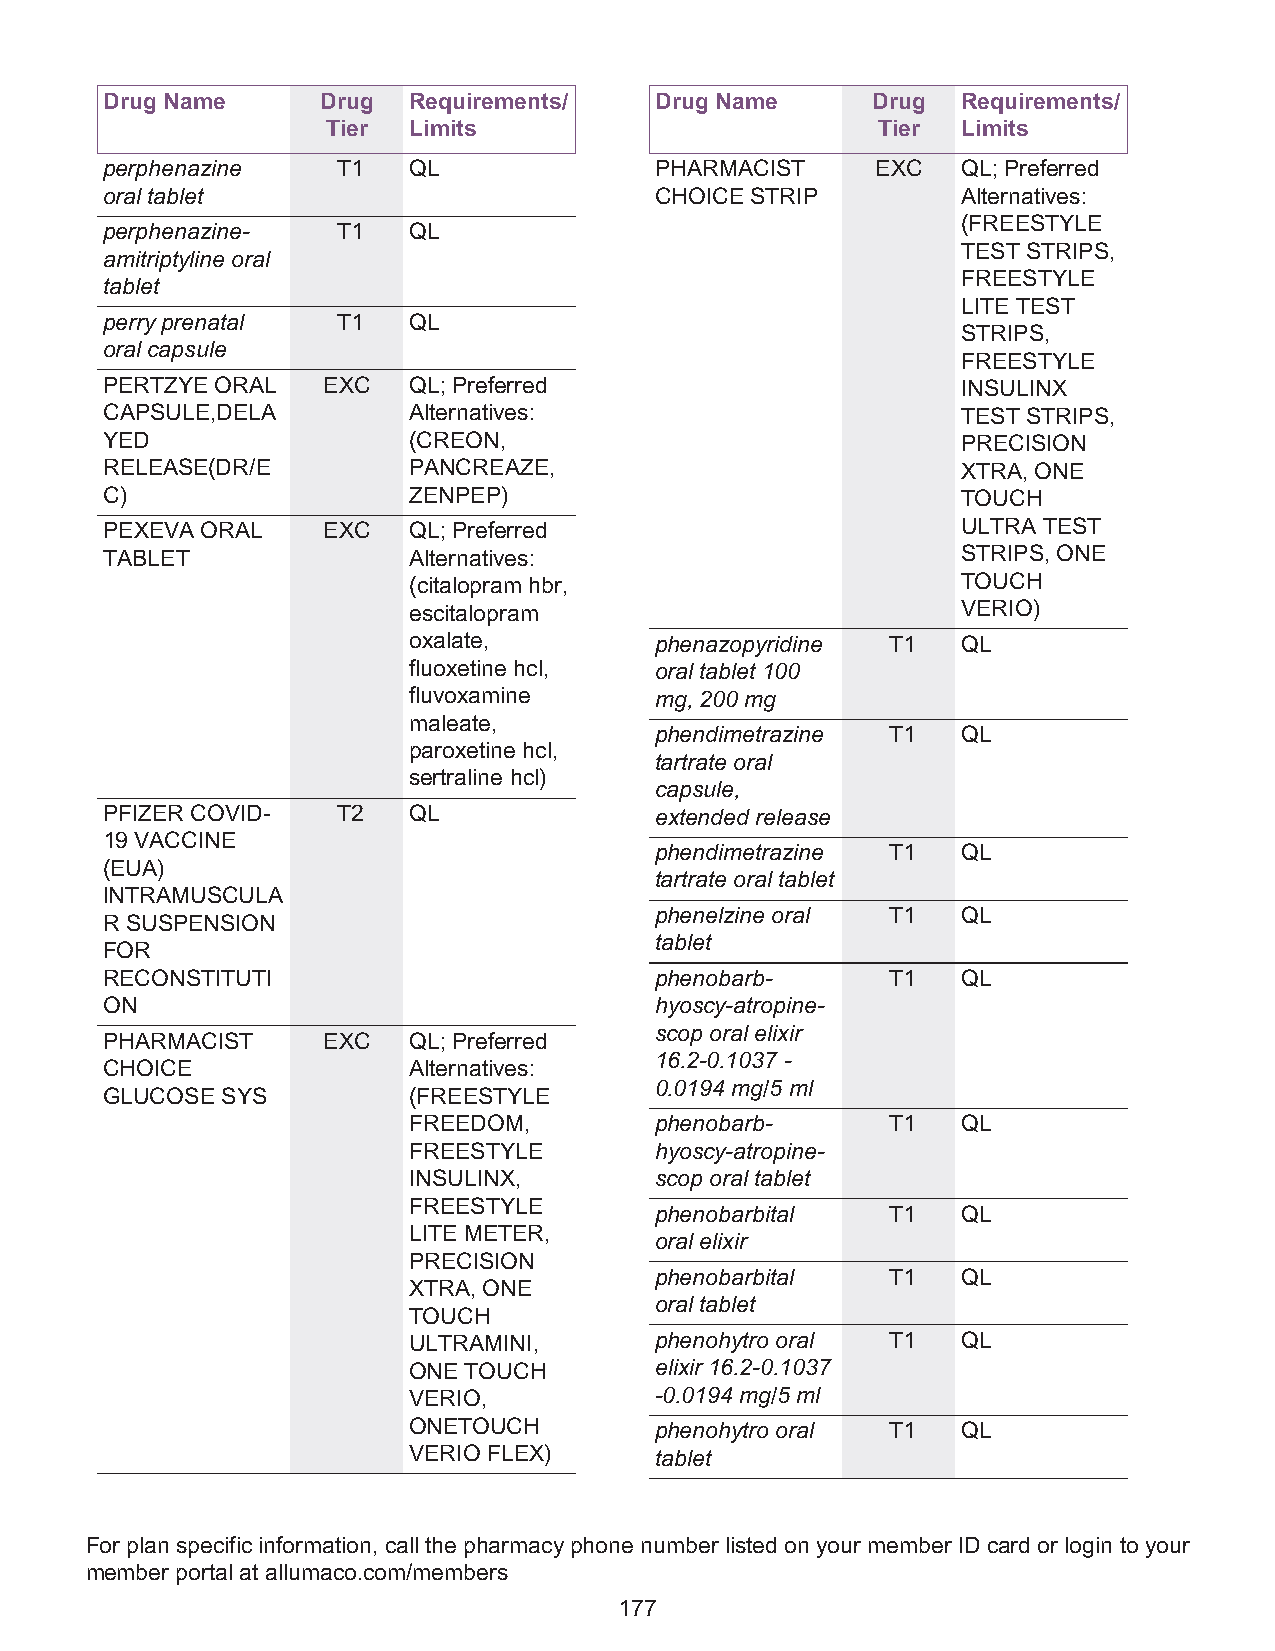
Drug Name     Drug  Requirements/   Drug Name      Drug  Requirements/
 Tier Limits                         Tier  Limits
 perphenazine   T1   QL              PHARMACIST     EXC   QL; Preferred
 oral tablet                         CHOICE STRIP         Alternatives:
 (FREESTYLE
 perphenazine-  T1   QL
 TEST STRIPS,
 amitriptyline oral
 FREESTYLE
 tablet
 LITE TEST
 perry prenatal T1   QL
 STRIPS,
 oral capsule
 FREESTYLE
 PERTZYE ORAL  EXC   QL; Preferred                        INSULINX
 CAPSULE,DELA        Alternatives:                        TEST STRIPS,
 YED                 (CREON,                              PRECISION
 RELEASE(DR/E        PANCREAZE,                           XTRA, ONE
 C)                  ZENPEP)                              TOUCH
 PEXEVA ORAL   EXC   QL; Preferred                        ULTRA TEST
 TABLET              Alternatives:                        STRIPS, ONE
 (citalopram hbr,                     TOUCH
 escitalopram                         VERIO)
 oxalate,        phenazopyridine T1   QL
 fluoxetine hcl, oral tablet 100
 fluvoxamine     mg, 200 mg
 maleate,
 phendimetrazine T1   QL
 paroxetine hcl,
 tartrate oral
 sertraline hcl)
 capsule,
 PFIZER COVID-  T2   QL              extended release
 19 VACCINE
 phendimetrazine T1   QL
 (EUA)
 tartrate oral tablet
 INTRAMUSCULA
 phenelzine oral T1   QL
 R SUSPENSION
 tablet
 FOR
 RECONSTITUTI                        phenobarb-      T1   QL
 ON                                  hyoscy-atropine-
 scop oral elixir
 PHARMACIST    EXC   QL; Preferred
 16.2-0.1037 -
 CHOICE              Alternatives:
 0.0194 mg/5 ml
 GLUCOSE SYS         (FREESTYLE
 FREEDOM,        phenobarb-      T1   QL
 FREESTYLE       hyoscy-atropine-
 INSULINX,       scop oral tablet
 FREESTYLE
 phenobarbital   T1   QL
 LITE METER,
 oral elixir
 PRECISION
 phenobarbital   T1   QL
 XTRA, ONE
 oral tablet
 TOUCH
 ULTRAMINI,      phenohytro oral T1   QL
 ONE TOUCH       elixir 16.2-0.1037
 VERIO,          -0.0194 mg/5 ml
 ONETOUCH        phenohytro oral T1   QL
 VERIO FLEX)     tablet
 For plan specific information, call the pharmacy phone number listed on your member ID card or login to your
 member portal at allumaco.com/members
 177